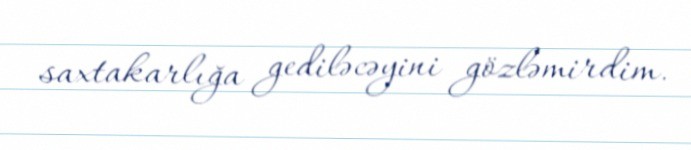
saxtakarlığa gediləcəyini gözləmirdim.